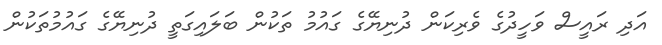
އަދި ރައީސް ވަހީދުގެ ވެރިކަން ދުނިޔޭގެ ގައުމު ތަކުން ބަލައިގަތީ ދުނިޔޭގެ ގައުމުތަކުން